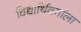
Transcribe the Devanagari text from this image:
विद्यार्थिवर्गाला